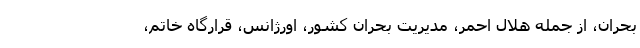
بحران، از جمله هلال احمر، مدیریت بحران کشور، اورژانس، قرارگاه خاتم،